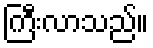
ကြီးလာသည်။